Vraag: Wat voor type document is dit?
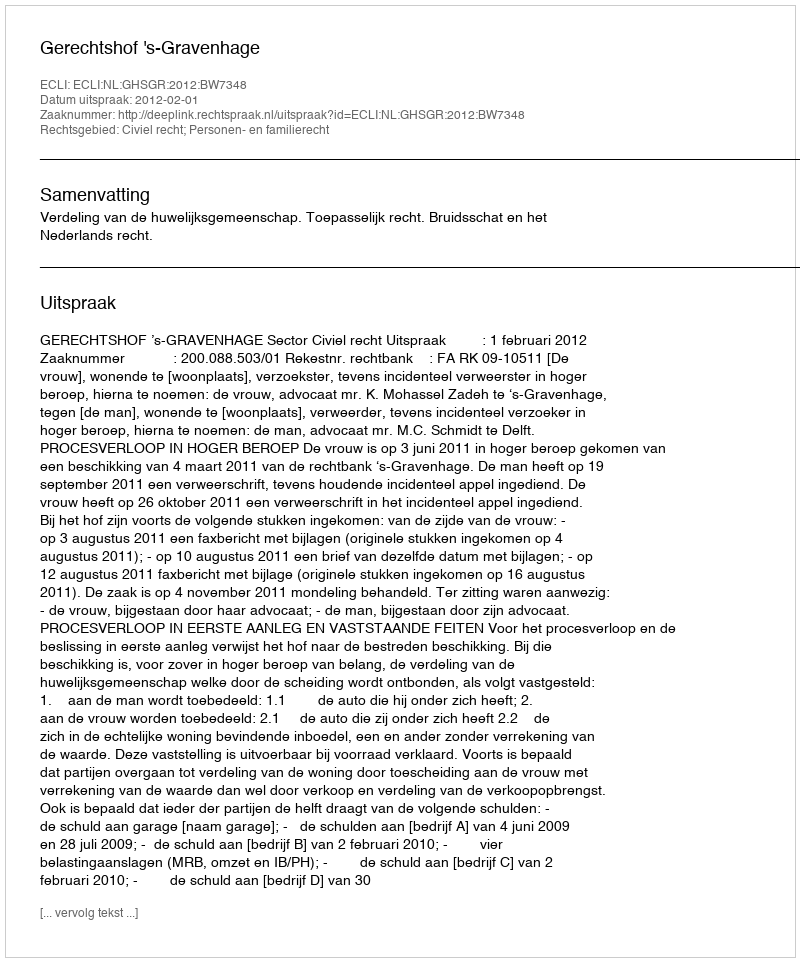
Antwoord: Uitspraak